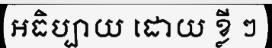
អធិប្បាយ ដោយ ខ្លី ៗ